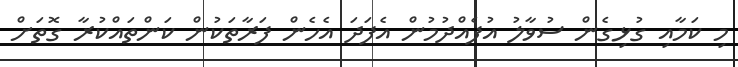
މި ކަމާއި ގުޅިގެން ސުވާލު އުފެއްދުމުން އެފަދަ އެހެން ފަރާތަކުން ކަންތައްކުރާ ގޮތަށް